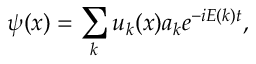
\psi ( x ) = \sum _ { k } u _ { k } ( x ) a _ { k } e ^ { - i E ( k ) t } ,